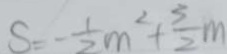
S = - \frac { 1 } { 2 } m ^ { 2 } + \frac { 3 } { 2 } m